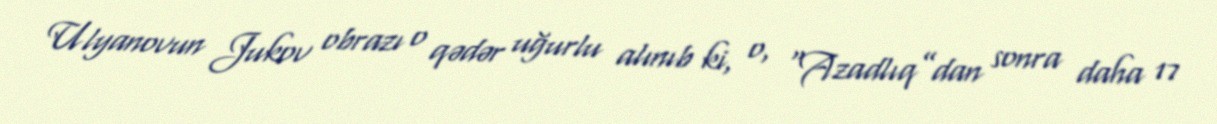
Ulyanovun Jukov obrazı o qədər uğurlu alınıb ki, o, “Azadlıq”dan sonra daha 17